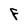
Character: F